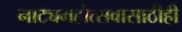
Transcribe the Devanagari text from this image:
नाट्यमहोत्सवासाठीही